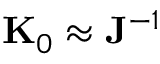
{ \bf K } _ { 0 } \approx { \bf J } ^ { - 1 }